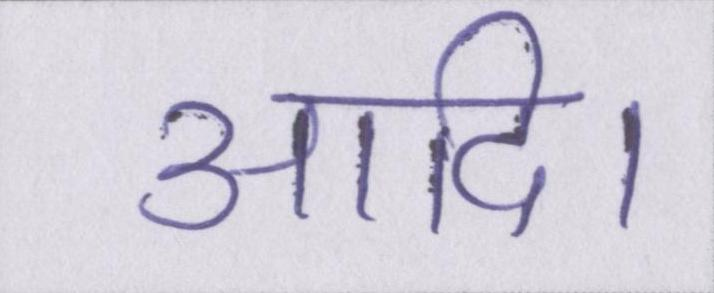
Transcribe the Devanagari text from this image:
आदि।